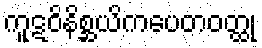
ကူဋဝိနိစ္ဆယိကပေတဝတ္ထု